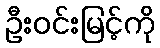
ဦးဝင်းမြင့်ကို